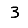
Digit: 3